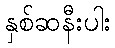
နှစ်ဆနီးပါး